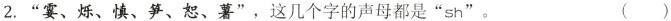
2.”霎、烁、慎、笋、恕、薯”，这几个字的声母都是”sh”。 ()